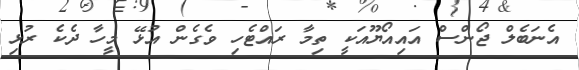
އެނަބެލް ޖޯންސް އައިއޯޔޫއަކީ ތިމާ ރައްޓެހި ވެގެން އުޅޭ މީހާ ދެކެ ރުޅި